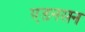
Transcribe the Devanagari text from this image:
एडनसन